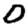
Digit: 0